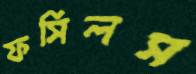
ফসিলস